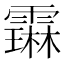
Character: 𬰋